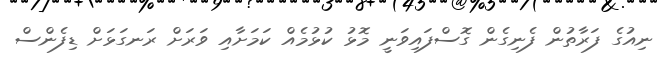
ނިއުގެ ފަރާތުން ފެނިގެން ގޮސްފައިވަނީ މޮޅު ކުޅުމެއް ކަމަށާއި ވަރަށް ރަނގަޅަށް ޑިފެންސް